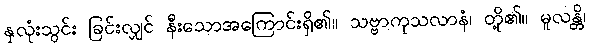
နှလုံးသွင်း ခြင်းလျှင် နီးသောအကြောင်းရှိ၏။ သဗ္ဗာကုသလာနံ၊ တို့၏။ မူလန္တိ၊